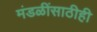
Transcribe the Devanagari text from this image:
मंडळींसाठीही